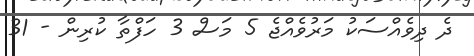
ދެ ދިވެއްސަކު މަރުވެއްޖެ 5 މަސް 3 ހަފްތާ ކުރިން - 31